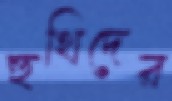
হুথিদের